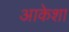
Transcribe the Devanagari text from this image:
आकेशा